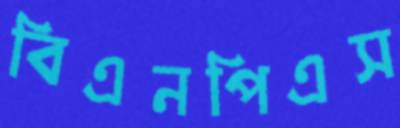
বিএনপিএস